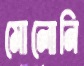
মোলোনি